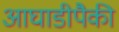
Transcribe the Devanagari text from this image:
आघाडीपैकी